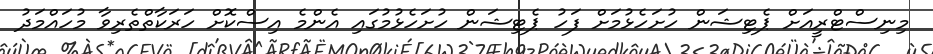
މިނިސްޓްރީއަށް ޕެޓިޝަން ހުށަހެޅުމަށް ފަހު ޕެޓިޝަން ހުށަހެޅުމުގައި އެންމެ އިސްކޮށް ހަރަކާތްތެރިވާ މުހައްމަދު